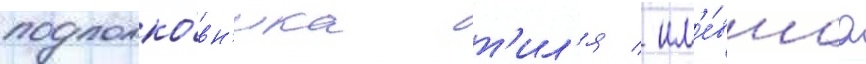
подполко́вн'ика т'ил'я / им'е́вшаа